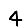
Digit: 4